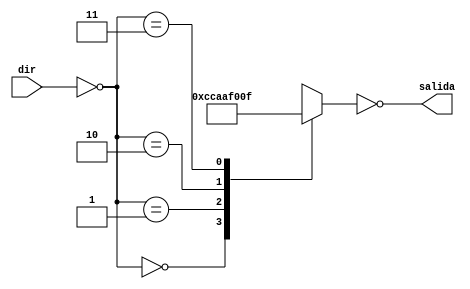
module memoria (
    input [1:0]dir,
    output reg[7:0]salida
);
    reg [1:0]dir_aux ;
    reg [7:0]salida_aux ;

    always @(*) begin
        dir_aux=~dir;
        
        case (dir_aux)
            2'b00 : salida_aux = 8'b11001100 ;
            2'b01 : salida_aux = 8'b10101010 ;
            2'b10 : salida_aux = 8'b11110000 ;
            2'b11 : salida_aux = 8'b00001111 ;
            default : salida_aux = 8'b0 ;
        endcase

        salida=~salida_aux;
        
    end
endmodule